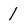
Character: 1